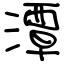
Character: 潭